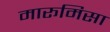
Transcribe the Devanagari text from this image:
मारूमिसा